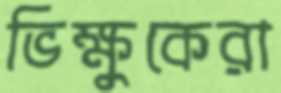
ভিক্ষুকেরা